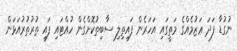
ނުގުޑާ ފަދަ ޢަޒުމެއްގެ މަތީގައި އަހަރެން ފައިތިލި ސާބިތުކޮށްގެން ހުއްޓައި ފައި ތުރުތުރުއަޅަން